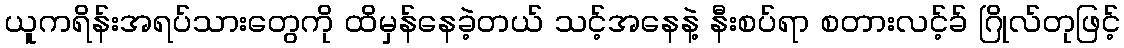
ယူကရိန်းအရပ်သားတွေကို ထိမှန်နေခဲ့တယ် သင့်အနေနဲ့ နီးစပ်ရာ စတားလင့်ခ် ဂြိုလ်တုဖြင့်